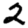
Digit: 2